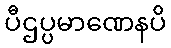
ပီဌပ္ပမာဏေနပိ